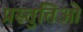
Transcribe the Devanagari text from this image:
प्रस्तुतिओं